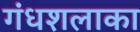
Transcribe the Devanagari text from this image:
गंधशलाका